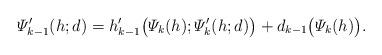
LaTeX: \begin{align*}\varPsi_{k-1}'(h;d)&= h'_{k-1}\big(\varPsi_k(h);\varPsi_k'(h;d)\big) + d_{k-1}\big(\varPsi_k(h)\big).\end{align*}